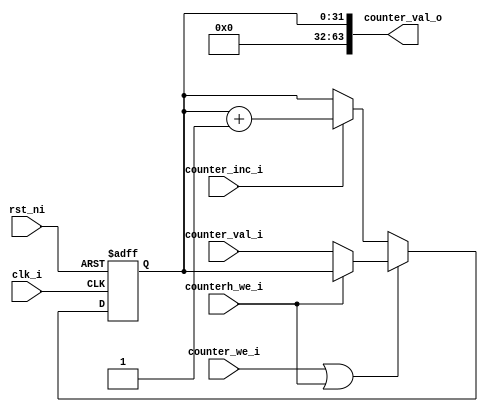
module ibex_counter (
	clk_i,
	rst_ni,
	counter_inc_i,
	counterh_we_i,
	counter_we_i,
	counter_val_i,
	counter_val_o
);
	parameter signed [31:0] CounterWidth = 32;
	input wire clk_i;
	input wire rst_ni;
	input wire counter_inc_i;
	input wire counterh_we_i;
	input wire counter_we_i;
	input wire [31:0] counter_val_i;
	output wire [63:0] counter_val_o;
	wire [63:0] counter;
	reg [CounterWidth - 1:0] counter_upd;
	reg [63:0] counter_load;
	reg we;
	reg [CounterWidth - 1:0] counter_d;
	always @(*) begin
		we = counter_we_i | counterh_we_i;
		counter_load[63:32] = counter[63:32];
		counter_load[31:0] = counter_val_i;
		if (counterh_we_i) begin
			counter_load[63:32] = counter_val_i;
			counter_load[31:0] = counter[31:0];
		end
		counter_upd = counter[CounterWidth - 1:0] + {{CounterWidth - 1 {1'b0}}, 1'b1};
		if (we)
			counter_d = counter_load[CounterWidth - 1:0];
		else if (counter_inc_i)
			counter_d = counter_upd[CounterWidth - 1:0];
		else
			counter_d = counter[CounterWidth - 1:0];
	end
	reg [CounterWidth - 1:0] counter_q;
	always @(posedge clk_i or negedge rst_ni)
		if (!rst_ni)
			counter_q <= {CounterWidth {1'sb0}};
		else
			counter_q <= counter_d;
	generate
		if (CounterWidth < 64) begin : g_counter_narrow
			wire [63:CounterWidth] unused_counter_load;
			assign counter[CounterWidth - 1:0] = counter_q;
			assign counter[63:CounterWidth] = {(63 >= CounterWidth ? 64 - CounterWidth : CounterWidth - 62) {1'sb0}};
			assign unused_counter_load = counter_load[63:CounterWidth];
		end
		else begin : g_counter_full
			assign counter = counter_q;
		end
	endgenerate
	assign counter_val_o = counter;
endmodule